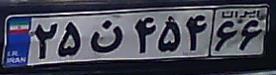
۲۵ن۴۵۴۶۶